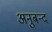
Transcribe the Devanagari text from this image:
अनुबन्द